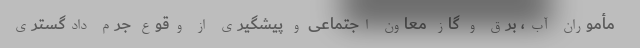
مأموران آب، برق و گاز معاون اجتماعی و پیشگیری از وقوع جرم دادگستری